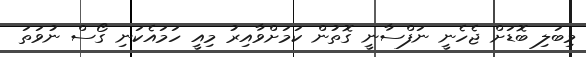
މިބަލި ބޮޑަށް ޖެހެނީ ނަފްސާނީ ގޮތުން ކަމަށްވާއިރު މިއީ ހަމައެކަނި ގޯސް ނުވަތަ